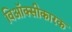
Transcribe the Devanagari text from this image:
विऑक्सीकारक